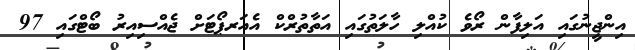
އިންޖީނުގައި އަލިފާން ރޯވެ ކުއްލި ހާލަތުގައި އަތާތުރްކް އެއަރޕޯޓަށް ޖެއްސިއިރު ބޯޓްގައި 97